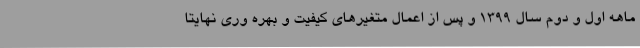
ماهه اول و دوم سال ۱۳۹۹ و پس از اعمال متغیرهای کیفیت و بهره وری نهایتا